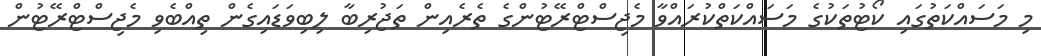
މި މަސައްކަތުގައި ކޯޓުތަކުގެ މަސައްކަތްކުރައްވާ މެޖިސްޓްރޭޓުންގެ ތެރެއިން ތަޖުރިބާ ލިބިވަޑައިގެން ތިއްބެވި މެޖިސްޓްރޭޓުން